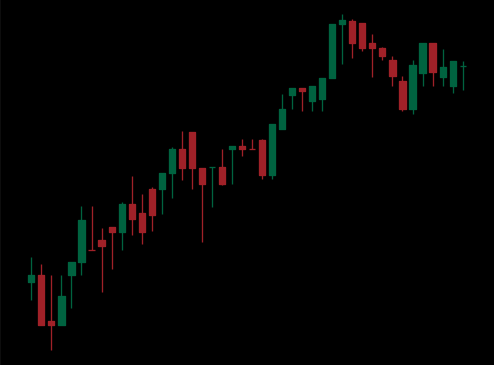
Pattern: bear_flag